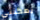
يمكنني